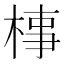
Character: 𣓊